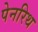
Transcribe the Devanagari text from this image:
पेनरिथ